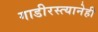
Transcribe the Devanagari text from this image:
गाडीरस्त्यानेही